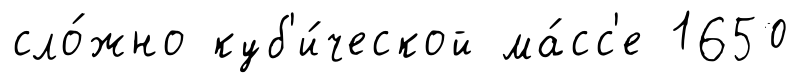
сло́жно куб'и́ческой ма́сс'е 1650